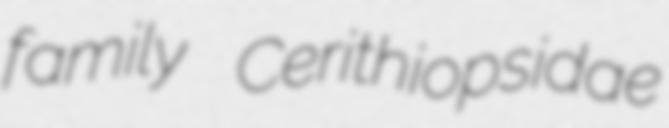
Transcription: family Cerithiopsidae